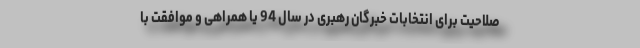
صلاحیت برای انتخابات خبرگان رهبری در سال 94 یا همراهی و موافقت با